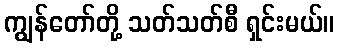
ကျွန်တော်တို့ သတ်သတ်စီ ရှင်းမယ်။